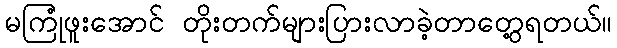
မကြုံဖူးအောင် တိုးတက်များပြားလာခဲ့တာတွေ့ရတယ်။